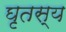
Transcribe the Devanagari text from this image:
घृतस्य